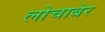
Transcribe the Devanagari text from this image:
लोचाबेर